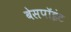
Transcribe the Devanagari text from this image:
बेसपॉइंट